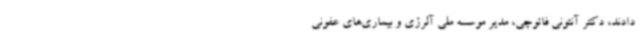
دادند، دکتر آنتونی فائوچی، مدیر موسسه ملی آلرژی و بیماری‌های عفونی